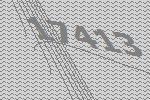
17413